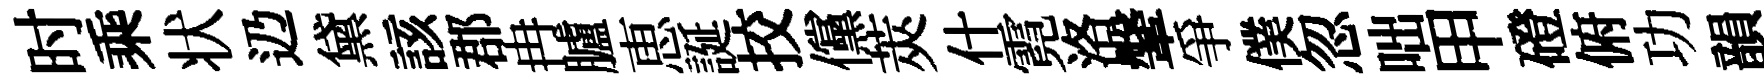
时乘状辸黛該郡冉臚恵誕挍儻莢什霓洛鞶爭僕忽咄甲磴俯功韻